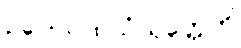
ဥပေါသထသံယုတ္တေတိ